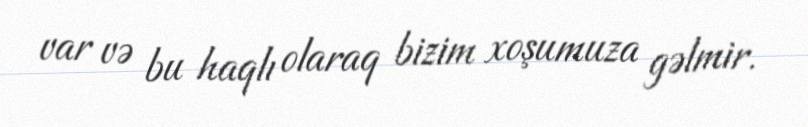
var və bu haqlı olaraq bizim xoşumuza gəlmir.